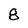
Character: 8